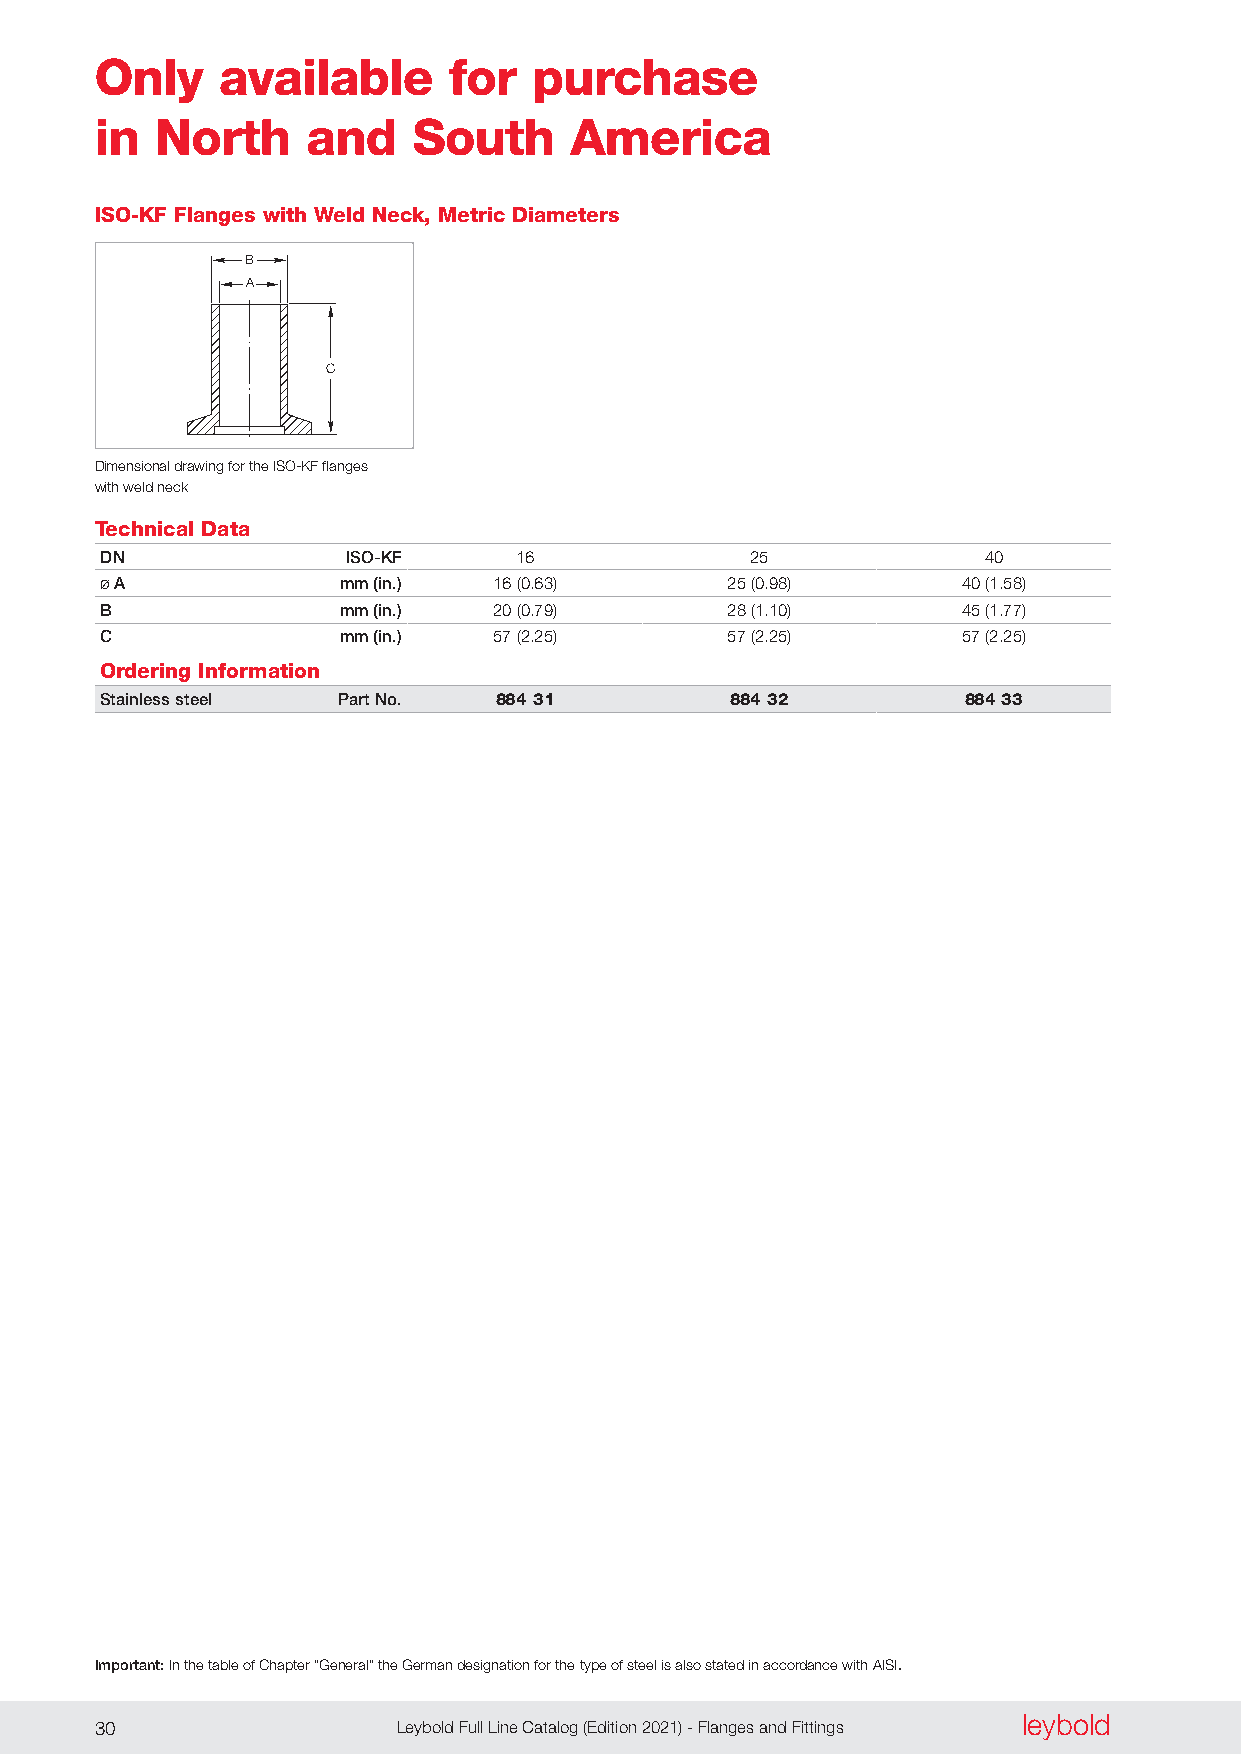
Only    available       for  purchase
 in  North     and    South      America
 ISO-KF Flanges with Weld Neck, Metric Diameters
 B
 A
 C
 Dimensional drawing for the ISO-KF flanges
 with weld neck
 Technical Data
 DN              ISO-KF     16              25             40
 Ø A             mm (in.)  16 (0 .63)     25 (0 .98)      40 (1 .58)
 B               mm (in.)  20 (0 .79)     28 (1 .10)      45 (1 .77)
 C               mm (in.)  57 (2 .25)     57 (2 .25)      57 (2 .25)
 Ordering Information
 Stainless steel Part No.  884 31         884 32          884 33
 Important: In the table of Chapter “General” the German designation for the type of steel is also stated in accordance with AISI.
 leybold
 30                  Leybold Full Line Catalog (Edition 2021) - Flanges and Fittings